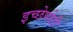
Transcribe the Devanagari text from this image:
इच्छेपोटी